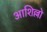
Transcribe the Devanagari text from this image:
आशिल्लो